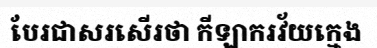
បែរជាសរសើរថា កីឡាករវ័យក្មេង